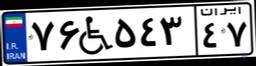
۷۶W۵۴۳۴۷